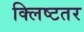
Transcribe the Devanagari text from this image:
क्लिष्टतर